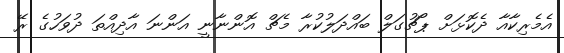
އެމެރިކާއާ ދެކޮޅަށް ޕޯޗުގަލް ބައްދަލުކުރާ މެޗް އޮންނާނީ އަންނަ އާދިއްތަ ދުވަހުގެ ރޭ